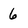
Character: 6